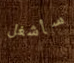
سأشغل